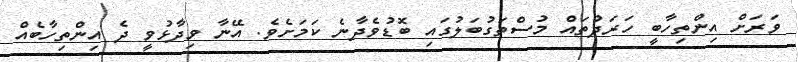
ވަރަށް އިންތިހާބީ ހަރަދުތައް މުސްތަގުބަލުގައި ބޮޑުވެދާނެ ކަމަށެވެ. އޭނާ ވިދާޅުވީ ދެ އިންތިހާބެއް